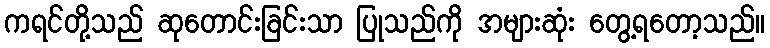
ကရင်တို့သည် ဆုတောင်းခြင်းသာ ပြုသည်ကို အများဆုံး တွေ့ရတော့သည်။